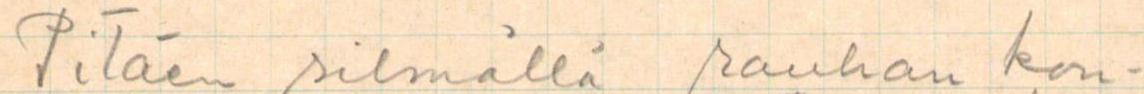
Pitäen silmällä rauhan kon-